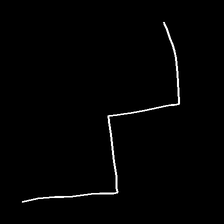
Glyph: crush